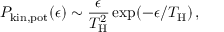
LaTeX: P _ { \mathrm { k i n , p o t } } ( \epsilon ) \sim { \frac { \epsilon } { T _ { \mathrm { H } } ^ { 2 } } } \exp ( - \epsilon / T _ { \mathrm { H } } ) \, ,